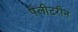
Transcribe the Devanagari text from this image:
पेलीटरीन